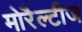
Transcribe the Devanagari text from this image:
मोरैल्टीज